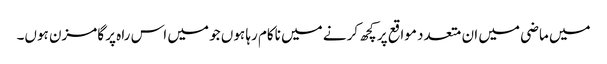
میں ماضی میں ان متعدد مواقع پر کچھ کرنے میں ناکام رہا ہوں جو میں اس راہ پر گامزن ہوں۔